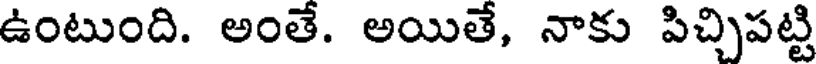
ఉంటుంది. అంతే. అయితే, నాకు పిచ్చిపట్టి